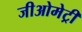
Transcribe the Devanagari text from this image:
जीओमेट्री